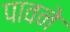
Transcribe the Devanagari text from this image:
पावने